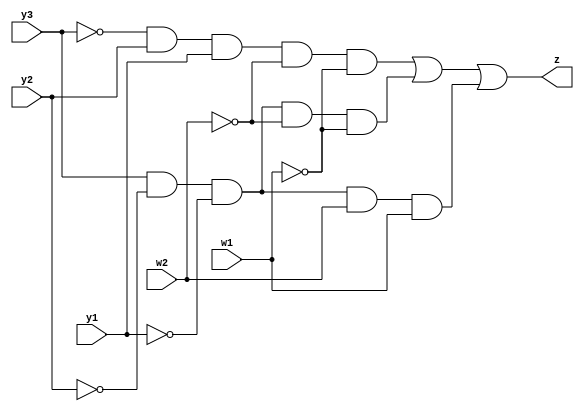
module Y3(y3, y2, y1, w2, w1, z);
	input y3, y2, y1, w2, w1;
	output z;
	
	assign z = (~y3 & y2 & y1 & ~w2 & ~w1) | (y3 & ~y2 & ~y1 & ~w2 & ~w1) | (y3 & ~y2 & ~y1 & w2 & w1);
	
endmodule